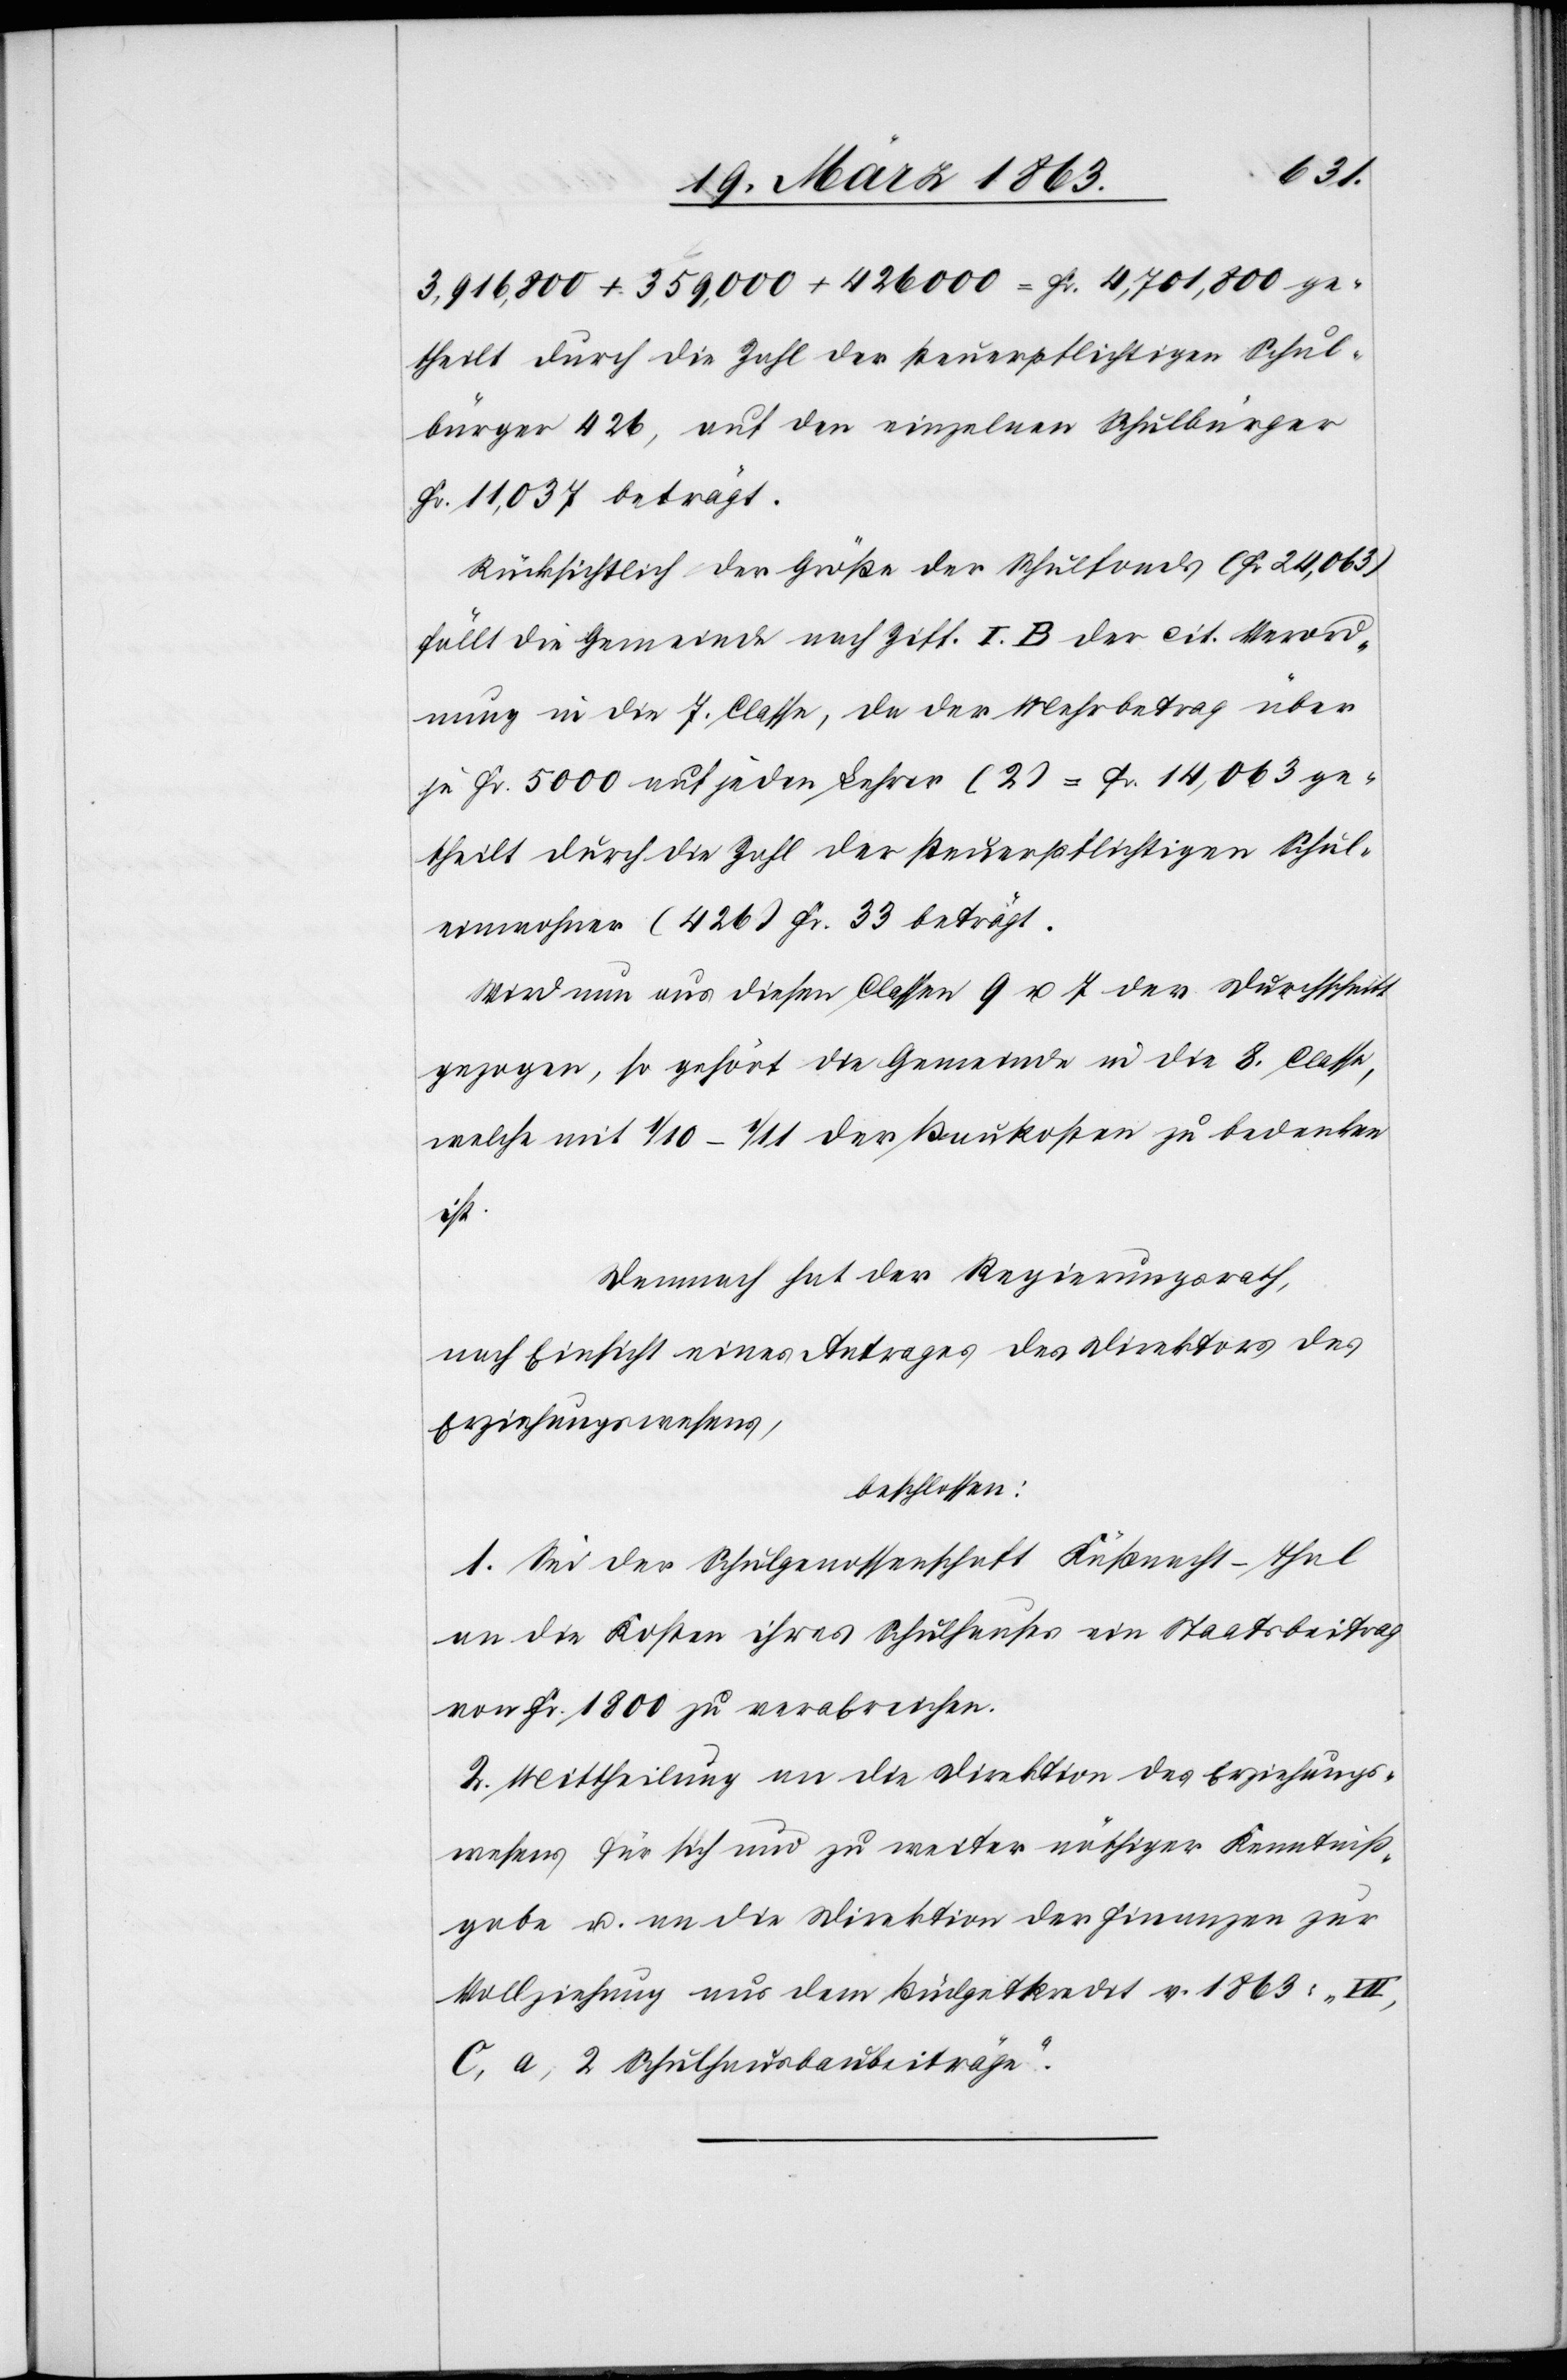
3,916,800 + 359,000 + 426 000 = Fr. 4,701,800 ge¬
theilt durch die Zahl der steuerpflichtigen Schul¬
bürger 426, auf den einzelnen Schulbürger
Fr. 11,037 beträgt.
Rücksichtlich der Größe der Schulfonds (Fr 24,063)
fällt die Gemeinde nach Ziff. I. B der cit. Verord¬
nung in die 7. Classe, da der Mehrbetrag über
je Fr. 5000 auf jeden Lehrer (2) = Fr. 14,063 ge¬
einwohner (426) Fr. 33 beträgt.
Wird nun aus diesen Classen 9 u. 7 der Durchschnitt
gezogen, so gehört die Gemeinde in die 8. Classe,
welche mit 1/10–1/11 der Baukosten zu bedenken
ist.
Demnach hat der Regierungsrath,
nach Einsicht eines Antrages der Direktion des
Erziehungswesens,
beschlossen:
1. Sei der Schulgenossenschaft Küßnacht-Thal
an die Kosten ihres Schulhauses ein Staatsbeitrag
von Fr. 1800 zu verabreichen.
2. Mittheilung an die Direktion des Erziehungs¬
wesens für sich und zu weiter nöthiger Kenntniß¬
gabe u. an die Direktion der Finanzen zur
Vollziehung aus dem Büdgetkredit v. 1863:
C) a) 2 Schulhausbaubeiträge“.